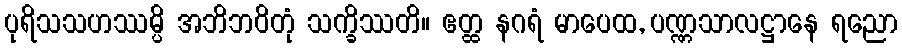
ပုရိသသဟဿမ္ပိ အဘိဘဝိတုံ သက္ခိဿတိ။ ဧတ္ထ နဂရံ မာပေထ, ပဏ္ဏသာလဋ္ဌာနေ ရညော